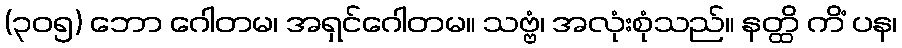
(၃၀၅) ဘော ဂေါတမ၊ အရှင်ဂေါတမ။ သဗ္ဗံ၊ အလုံးစုံသည်။ နတ္ထိ ကိံ ပန၊